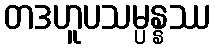
တဒဟူပသမ္ပန္နဿ